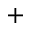
+